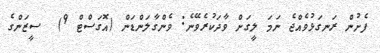
ފެށުން ރަނގަޅުވެއްޖެ ނަމަ ލީގަށް ވާދަކުރެވޭނެ: ވެންގާލަންޑަން (އޮގަސްޓް 9)  ސީޒަންގެ